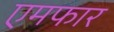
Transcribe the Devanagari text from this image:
एमफार